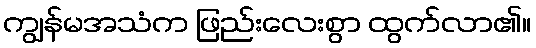
ကျွန်မအသံက ဖြည်းလေးစွာ ထွက်လာ၏။